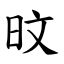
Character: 旼